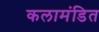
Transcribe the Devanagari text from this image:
कलामंडित